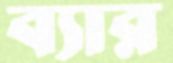
ব্যার